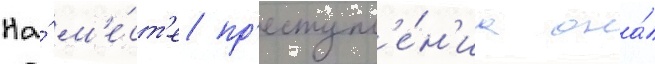
На́ м'е́ст'е пр'еступл'е́н'иа она́